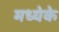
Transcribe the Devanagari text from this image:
मध्येके